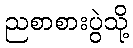
ညစာစားပွဲသို့